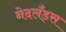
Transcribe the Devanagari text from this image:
नेदलँड्स